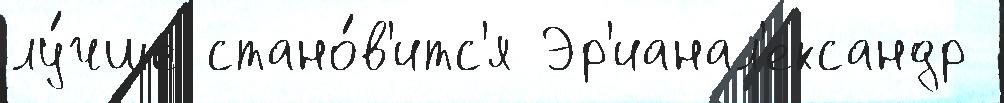
лу́чше стано́в'итс'я Эр'ианал'ександр